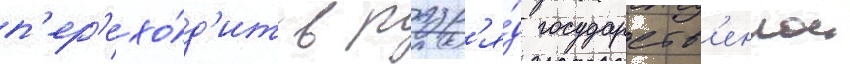
п'ер'ехо́д'ит в разр'я́д государств'еннои